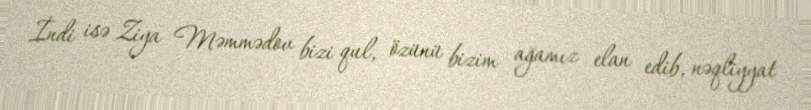
İndi isə Ziya Məmmədov bizi qul, özünü bizim ağamız elan edib, nəqliyyat